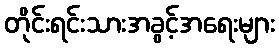
တိုင်းရင်းသားအခွင့်အရေးများ